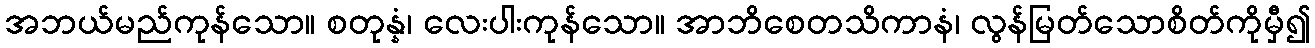
အဘယ်မည်ကုန်သော။ စတုန္နံ၊ လေးပါးကုန်သော။ အာဘိစေတသိကာနံ၊ လွန်မြတ်သောစိတ်ကိုမှီ၍